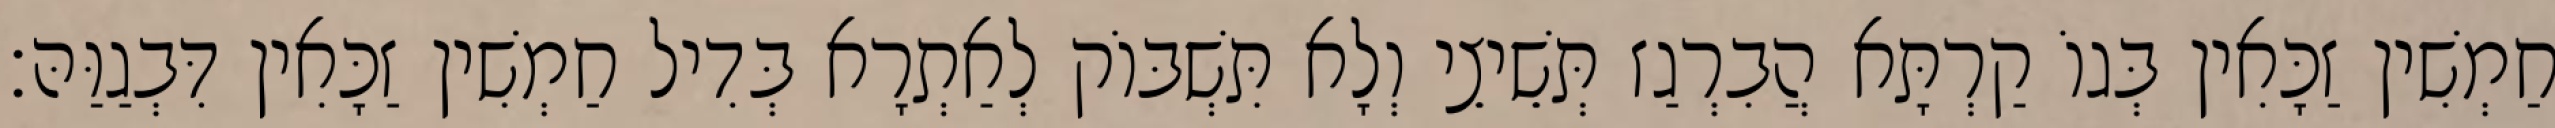
חַמְשִׁין זַכָּאִין בְּגוֹ קַרְתָּא הֲבִרְגַז תְּשֵׁיצֵי וְלָא תִּשְׁבּוֹק לְאַתְרָא בְּדִיל חַמְשִׁין זַכָּאִין דִּבְגַוַּהּ׃